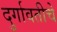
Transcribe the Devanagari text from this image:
दुर्गावतीचे